Lunatic asylums Punjab 1881-1894 - 1881-1894
Year: 1881
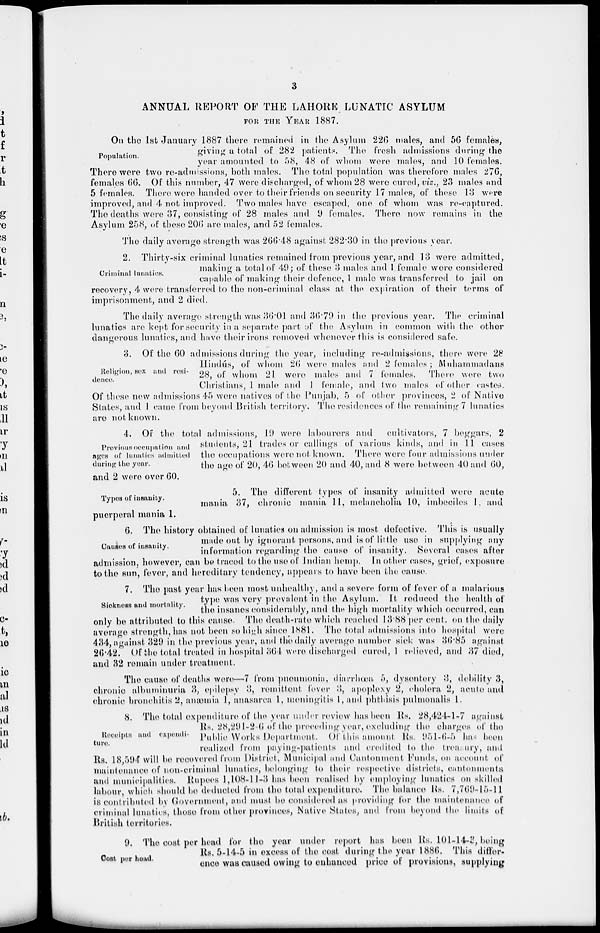
3
ANNUAL REPORT OF THE LAHORE LUNATIC ASYLUM
FOR THE YEAR 1887.
Population.
On the 1st January 1887 there remained in the Asylum 226 males, and 56 females,
giving a total of 282 patients. The fresh admissions during the
year amounted to 58, 48 of whom were males, and 10 females.
There were two re-admissions, both males. The total population was therefore males 276,
females 66. Of this number, 47 were discharged, of whom 28 were cured, viz., 23 males and
5 females. There were handed over to their friends on security 17 males, of these 13 were
improved, and 4 not improved. Two males have escaped, one of whom was re-captured.
The deaths were 37, consisting of 28 males and 9 females. There now remains in the
Asylum 258, of these 206 are males, and 52 females.
The daily average strength was 266.48 against 282.30 in the previous year.
Criminal lunatics.
2. Thirty-six criminal lunatics remained from previous year, and 13 were admitted,
making a total of 49; of these 3 males and 1 female were considered
capable of making their defence, 1 male was transferred to jail on
recovery, 4 were transferred to the non-criminal class at the expiration of their terms of
imprisonment, and 2 died.
The daily average strength was 36.01 and 36.79 in the previous year. The criminal
lunatics are kept for security in a separate part of the Asylum in common with the other
dangerous lunatics, and have their irons removed whenever this is considered safe.
Religion, sex and resi-
dence.
3. Of the 60 admissions during the year, including re-admissions, there were 28
Hindús, of whom 26 were males and 2 females; Muhammadans
28, of whom 21 were males and 7 females. There were two
Christians, 1 male and 1 female, and two males of other castes.
Of these new admissions 45 were natives of the Punjab, 5 of other provinces, 2 of Native
States, and 1 came from beyond British territory. The residences of the remaining 7 lunatics
are not known.
Previous occupation and
ages of lunatics admitted
during the year.
4. Of the total admissions, 19 were labourers and
cultivators, 7 beggars, 2
students, 21 trades or callings of various kinds, and in 11 cases
the occupations were not known. There were four admissions under
the age of 20, 46 between 20 and 40, and 8 were between 40 and 60,
and 2 were over 60.
Typos of insanity.
5. The different types of insanity admitted were acute
mania 37, chronic mania 11, melancholia 10, imbeciles 1, and
puerperal mania 1.
Causes of insanity.
6. The history obtained of lunatics on admission is most defective. This is usually
made out by ignorant persons, and is of little use in supplying any
information regarding the cause of insanity. Several cases after
admission, however, can be traced to the use of Indian hemp. In other cases, grief, exposure
to the sun, fever, and hereditary tendency, appears to have been the cause.
Sickness and mortality.
7. The past year has been most unhealthy, and a severe form of fever of a malarious
type was very prevalent in the Asylum. It reduced the health of
the insanes considerably, and the high mortality which occurred, can
only be attributed to this cause. The death-rate which reached 13.88 per cent. on the daily
average strength, has not been so high since 1881. The total admissions into hospital were
434, against 329 in the previous year, and the daily average number sick was 36.85 against
26.42. Of the total treated in hospital 364 were discharged cured, 1 relieved, and 37 died,
and 32 remain under treatment.
The cause of deaths were—7 from pneumonia, diarrhœa 5, dysentery 3, debility 3,
chronic albuminuria 3, epilepsy 3, remittent fever 3, apoplexy 2, cholera 2, acute and
chronic bronchitis 2, anæmia 1, anasarea 1, meningitis 1, and phthisis pulmonalis 1.
Receipts and expendi-
ture.
8. The total expenditure of the year under review has been Rs. 28,424-1-7 against
Rs. 28,291-2-6 of the preceding year, excluding the charges of the
Public Works Department. Of this amount Rs. 951-6-5 has been
realized from paying-patients and credited to the treasury, and
Rs. 18,594 will be recovered from District, Municipal and Cantonment Funds, on account of
maintenance of nou-criminal lunatics, belonging to their respective districts, cantonments
and municipalities. Rupees 1,108-11-3 has been realised by employing lunatics on skilled
labour, which should be deducted from the total expenditure. The balance Rs. 7,769-15-11
is contributed by Government, and must be considered as providing for the maintenance of
criminal lunatics, those from other provinces, Native States, and from beyond the limits of
British territories.
Cost per head.
9. The cost per head for the year under report has been Rs. 101-14-3, being
Rs. 5-14-5 in excess of the cost during the year 1886. This differ-
ence was caused owing to enhanced price of provisions, supplying